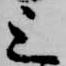
上